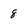
Character: 8